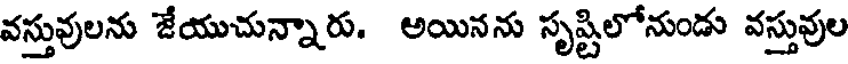
వస్తువులను జేయుచున్నారు. అయినను సృష్టిలోనుండు వస్తువుల